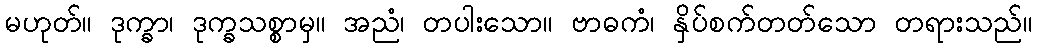
မဟုတ်။ ဒုက္ခာ၊ ဒုက္ခသစ္စာမှ။ အညံ၊ တပါးသော။ ဗာဓကံ၊ နှိပ်စက်တတ်သော တရားသည်။